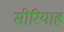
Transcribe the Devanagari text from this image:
सीरियाह